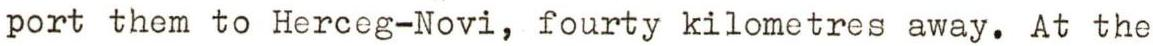
port them to Herceg-Novi, fourty kilometres away. At the